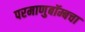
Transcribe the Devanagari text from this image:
परमाणुबॉम्बचा